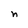
Character: n